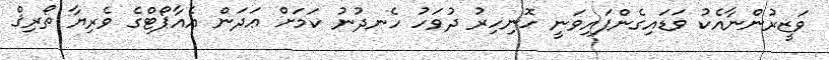
ވަޒީރުންނާއެކު ވަޑައިގެންފައިވަނީ ހޮނިހިރު ދުވަހު ހެނދުނު ކަމަށް ޢަދަން އެއާޕޯޓްގެ ވެރިޔާ ތޯރިޤް